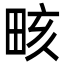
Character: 畡